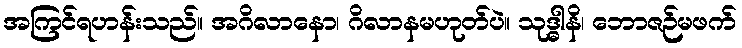
အကြင်ရဟန်းသည်။ အဂိလာနော၊ ဂိလာနမဟုတ်ပဲ။ သုဒ္ဓါနိ၊ ဘောဇဉ်မဖက်